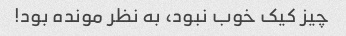
چیز کیک خوب نبود، به نظر مونده بود!